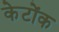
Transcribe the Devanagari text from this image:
केटोंक